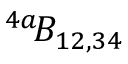
^ { 4 a } \! { \cal B } _ { 1 2 , 3 4 }